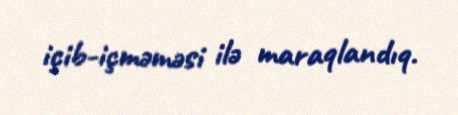
içib-içməməsi ilə maraqlandıq.